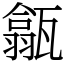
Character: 㽂